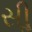
સીૢ